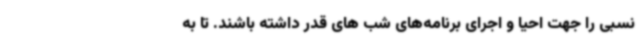
نسبی را جهت احیا و اجرای برنامه‌های شب های قدر داشته باشند. تا به